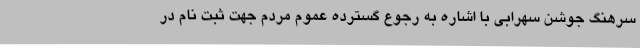
سرهنگ جوشن سهرابی با اشاره به رجوع گسترده عموم مردم جهت ثبت نام در